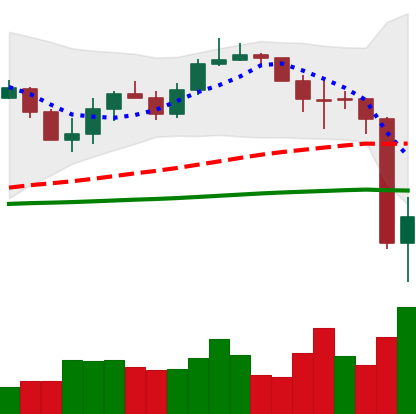
Ticker: LINK-USD
Chart end date: 2020-03-13
Forward return: -22.032%
Label: down_7plus